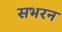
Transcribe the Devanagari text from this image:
सभरन